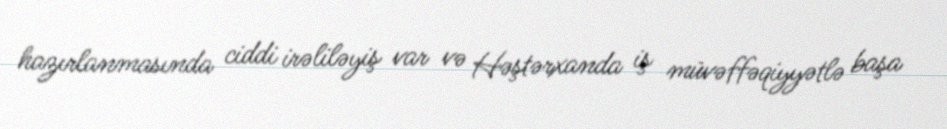
hazırlanmasında ciddi irəliləyiş var və Həştərxanda iş müvəffəqiyyətlə başa